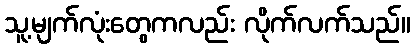
သူ့မျက်လုံးတွေကလည်း လိုက်လက်သည်။